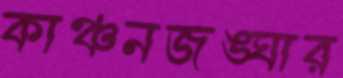
কাঞ্চনজঙ্ঘার